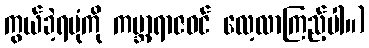
ကွယ်ခဲ့ရပုံကို ကမ္ဘာ့ရာဇဝင် လေ့လာကြည့်ပါ။)